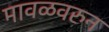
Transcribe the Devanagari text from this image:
मावळवरुन